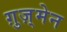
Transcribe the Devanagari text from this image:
ग़ुज़्मेन